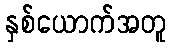
နှစ်ယောက်အတူ